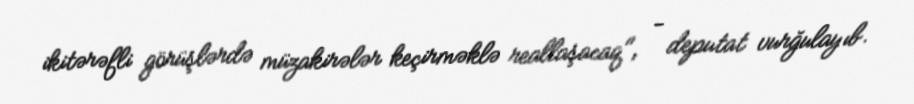
ikitərəfli görüşlərdə müzakirələr keçirməklə reallaşacaq", - deputat vurğulayıb.